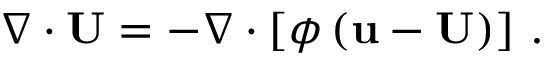
\nabla \cdot \mathbf { U } = - \nabla \cdot \left[ \phi \left( \mathbf { u } - \mathbf { U } \right) \right] \, .